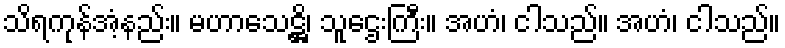
သိရကုန်အံ့နည်း။ မဟာသေဋ္ဌိ၊ သူဌေးကြီး။ အဟံ၊ ငါသည်။ အဟံ၊ ငါသည်။